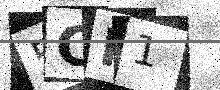
Text: 5CM1